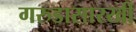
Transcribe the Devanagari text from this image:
गरुडासारखी